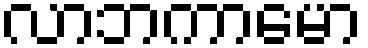
လာဘကာမော